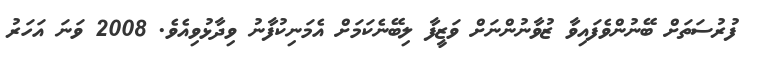
ފުރުސަތަށް ބޭނުންވެފައިވާ ޒުވާނުންނަށް ވަޒީފާ ލިބޭނެކަމަށް އެމަނިކުފާނު ވިދާޅުވިއެވެ. 2008 ވަނަ އަހަރު